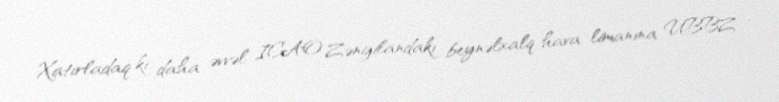
Xatırladaq ki, daha əvvəl ICAO Zəngilandakı beynəlxalq hava limanına UBBZ -